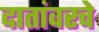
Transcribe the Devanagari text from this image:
दातांवरचे